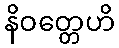
နိဝတ္တေဟိ